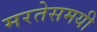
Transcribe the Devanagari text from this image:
मरतेसमयी